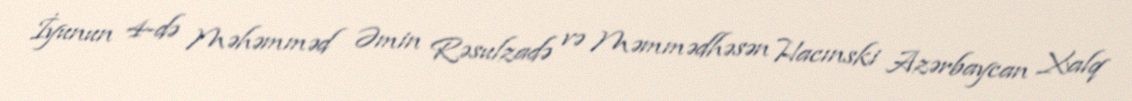
İyunun 4-də Məhəmməd Əmin Rəsulzadə və Məmmədhəsən Hacınski Azərbaycan Xalq